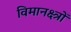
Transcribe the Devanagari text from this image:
विमानक्ष्त्रों